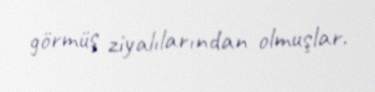
görmüş ziyalılarından olmuşlar.